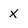
Character: X